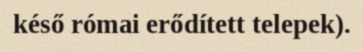
késő római erődített telepek).